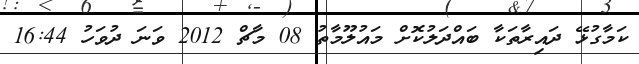
ކަމާގުޅޭ ދައިރާތަކާ ބައްދަލުކޮށް މައުލޫމާތު 08 މާޗް 2012 ވަނަ ދުވަހު 16:44